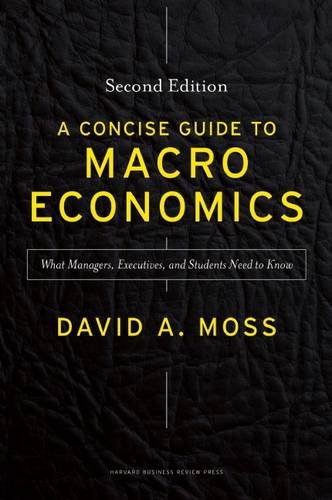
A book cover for A Concise Guide to Macroeconomics, Second Edition: What Managers, Executives, and Students Need to Know; David A. Moss; Business & Money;